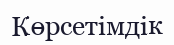
Көрсетімдік